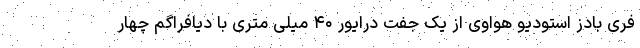
فری بادز استودیو هواوی از یک جفت درایور ۴۰ میلی متری با دیافراگم چهار